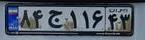
۸۴ج۱۱۶۴۳